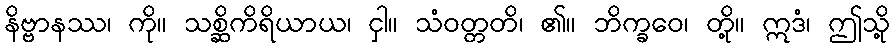
နိဗ္ဗာနဿ၊ ကို။ သစ္ဆိကိရိယာယ၊ ငှါ။ သံဝတ္တတိ၊ ၏။ ဘိက္ခဝေ၊ တို့။ ဣဒံ၊ ဤသို့